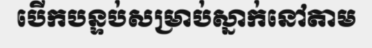
បើកបន្ទប់សម្រាប់ស្នាក់នៅតាម